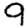
Digit: 9